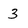
Character: 3